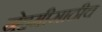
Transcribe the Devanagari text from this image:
नेहमीसाठीच